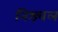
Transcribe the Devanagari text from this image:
निश्र्चल